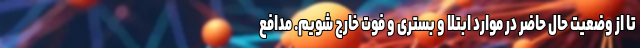
تا از وضعیت حال حاضر در موارد ابتلا و بستری و فوت خارج شویم. مدافع